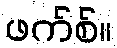
ဖက်စ်။